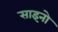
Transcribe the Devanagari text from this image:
साइनो